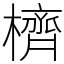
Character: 櫅